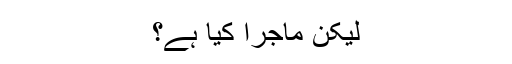
لیکن ماجرا کیا ہے؟